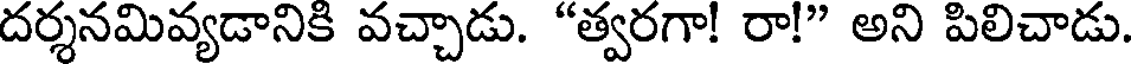
దర్శనమివ్యడానికి వచ్చాడు. "త్వరగా! రా!" అని పిలిచాడు.